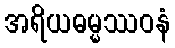
အရိယဓမ္မဿဝနံ